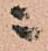
ニ